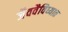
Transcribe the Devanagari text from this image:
जैववैविध्यात